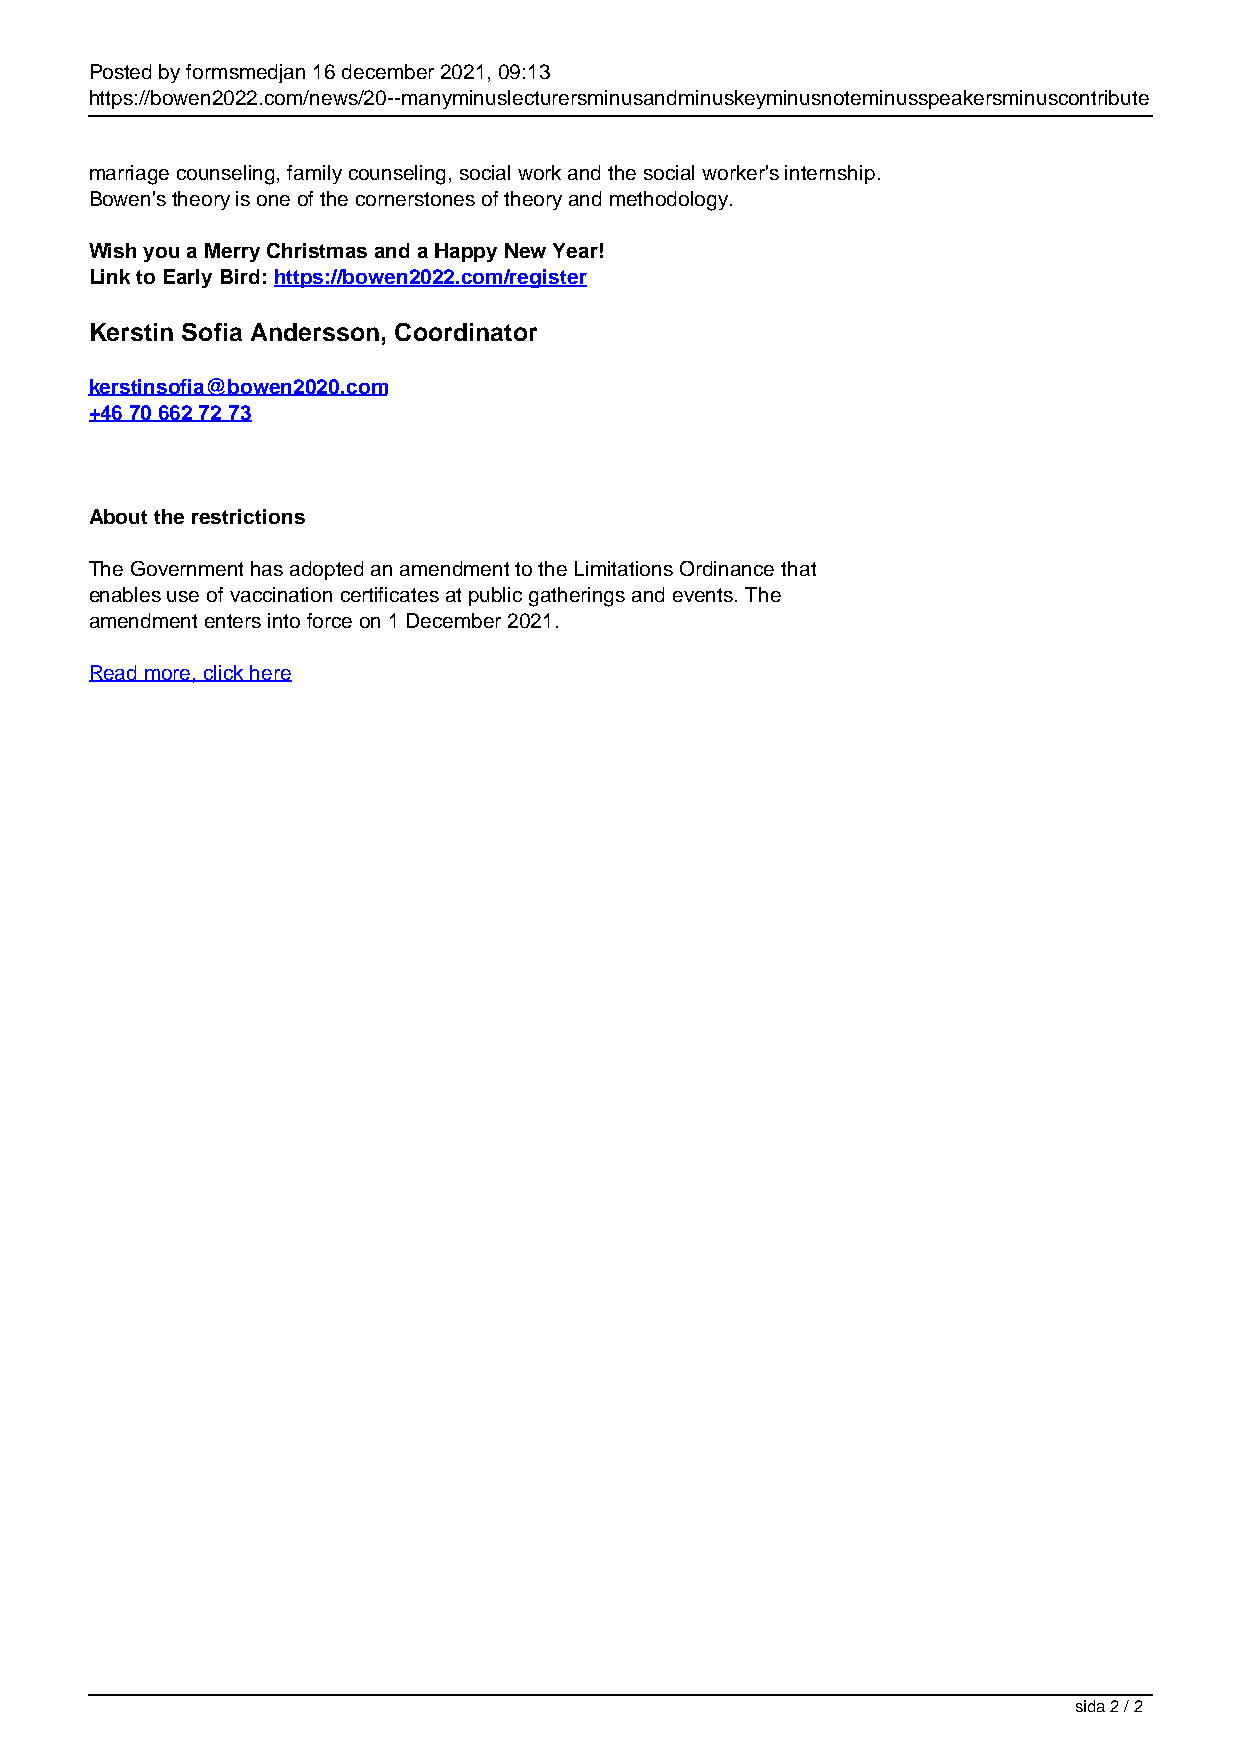
Posted by formsmedjan 16 december 2021, 09:13
 https://bowen2022.com/news/20--manyminuslecturersminusandminuskeyminusnoteminusspeakersminuscontribute
 marriage counseling, family counseling, social work and the social worker's internship.
 Bowen's theory is one of the cornerstones of theory and methodology.
 Wish you a Merry Christmas and a Happy New Year!
 Link to Early Bird: https://bowen2022.com/register
 Kerstin Sofia Andersson, Coordinator
 kerstinsofia@bowen2020.com
 +46 70 662 72 73
 About the restrictions
 The Government has adopted an amendment to the Limitations Ordinance that
 enables use of vaccination certificates at public gatherings and events. The
 amendment enters into force on 1 December 2021.
 Read more, click here
 sida 2 / 2
 Powered by TCPDF (www.tcpdf.org)